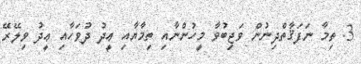
3. ތިމާ ނަފަޤާތްދިނުން ވަޖިބުވާ މީހުންނާއި ތިމާޔާއި ޢީދު ދުވަހާއި ޢީދު ވިލޭރޭ